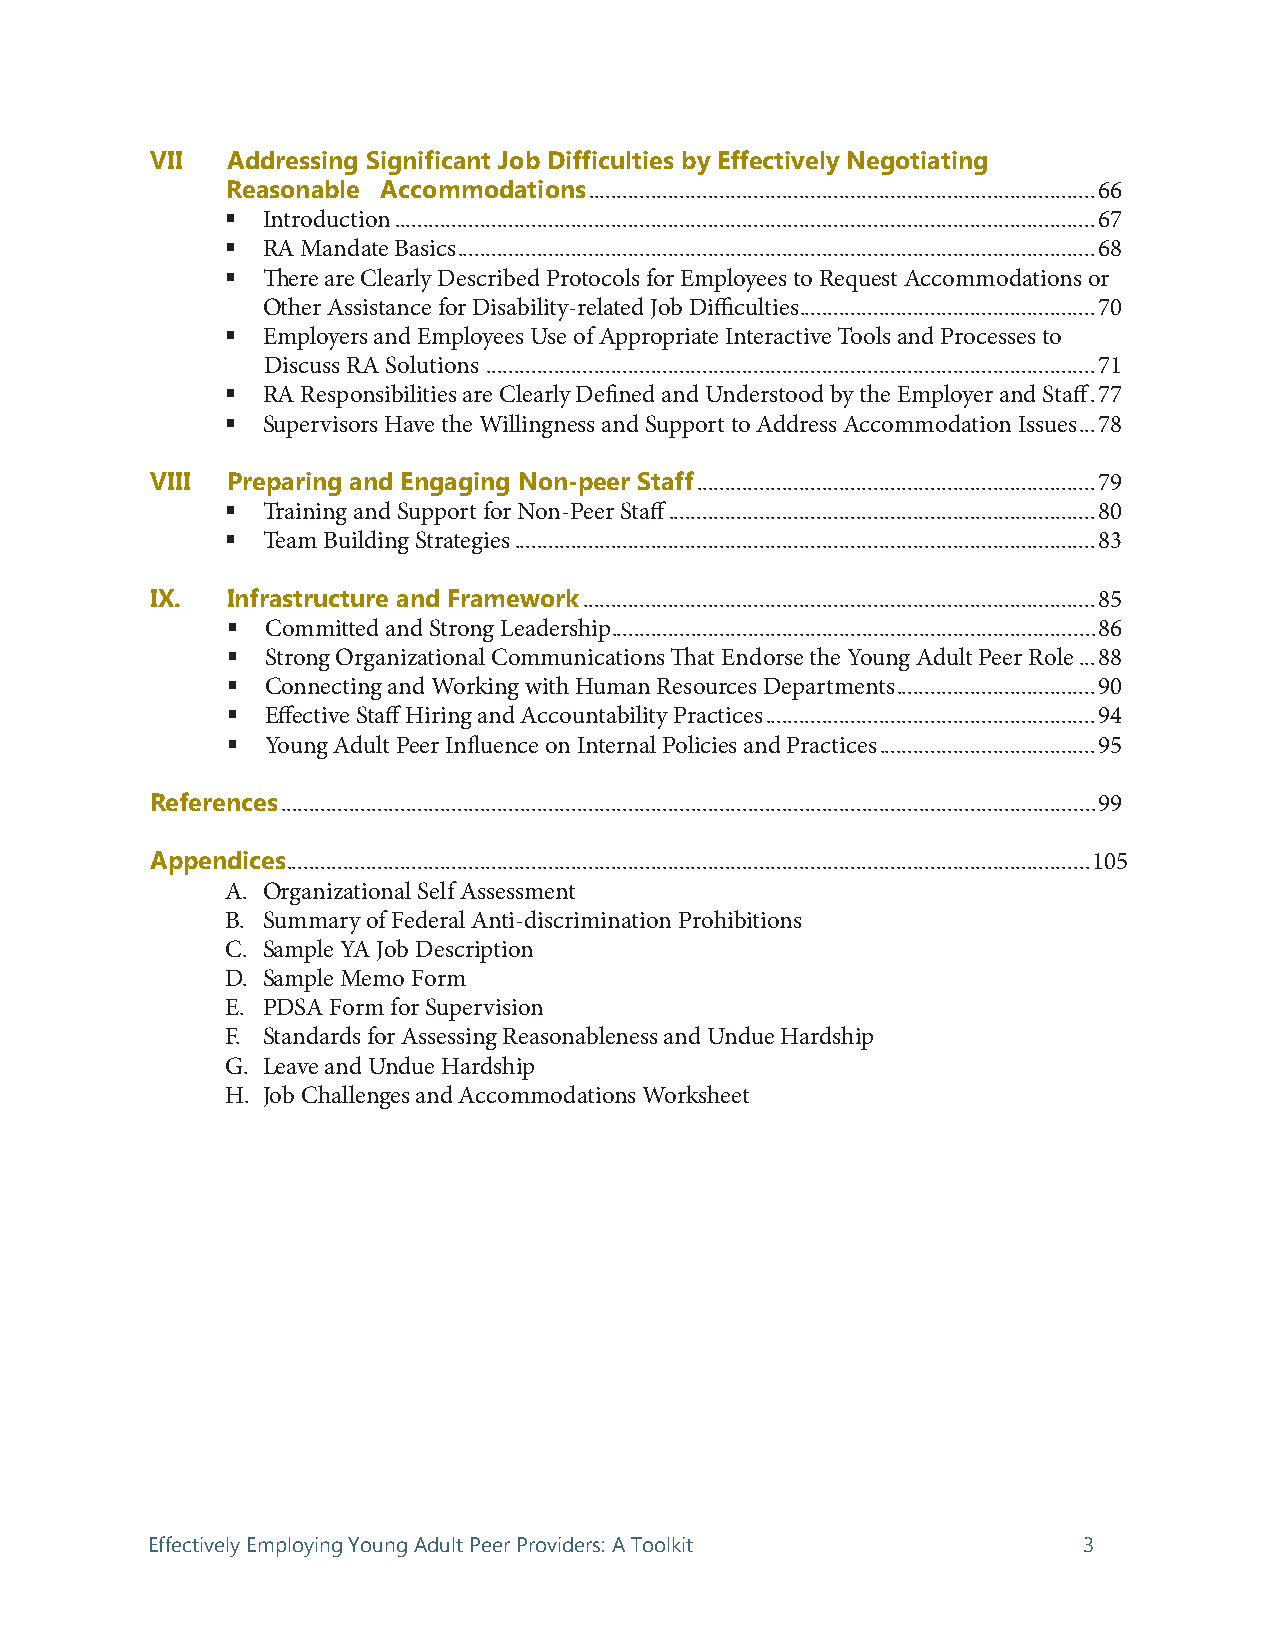
VII  Addressing Significant Job Difficulties by Effectively Negotiating
 Reasonable Accommodations .........................................................................................66
  Introduction ...........................................................................................................................67
  RA Mandate Basics ................................................................................................................68
  There are Clearly Described Protocols for Employees to Request Accommodations or
 Other Assistance for Disability-related Job Difficulties ....................................................70
  Employers and Employees Use of Appropriate Interactive Tools and Processes to
 Discuss RA Solutions ...........................................................................................................71
  RA Responsibilities are Clearly Defined and Understood by the Employer and Staff .77
  Supervisors Have the Willingness and Support to Address Accommodation Issues ...78
 VIII Preparing and Engaging Non-peer Staff ......................................................................79
  Training and Support for Non-Peer Staff ...........................................................................80
  Team Building Strategies ......................................................................................................83
 IX.  Infrastructure and Framework ..........................................................................................85
   Committed and Strong Leadership .....................................................................................86
   Strong Organizational Communications That Endorse the Young Adult Peer Role ...88
   Connecting and Working with Human Resources Departments ...................................90
   Effective Staff Hiring and Accountability Practices ..........................................................94
   Young Adult Peer Influence on Internal Policies and Practices ......................................95
 References ...............................................................................................................................................99
 Appendices .............................................................................................................................................105
 A. Organizational Self Assessment
 B. Summary of Federal Anti-discrimination Prohibitions
 C. Sample YA Job Description
 D. Sample Memo Form
 E. PDSA Form for Supervision
 F. Standards for Assessing Reasonableness and Undue Hardship
 G. Leave and Undue Hardship
 H. Job Challenges and Accommodations Worksheet
 Effectively Employing Young Adult Peer Providers: A Toolkit   3